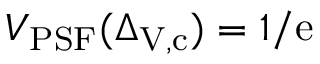
V _ { \mathrm { P S F } } ( \Delta _ { \mathrm { V } , \mathrm { c } } ) = 1 / \mathrm { e }